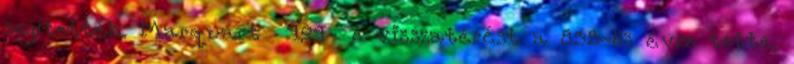
segítették. Marquart 494 e visszatérést a 835-ös évre tette,